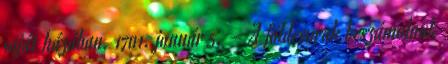
saját házában. 1701. január 5. – A földesurak beszámolnak